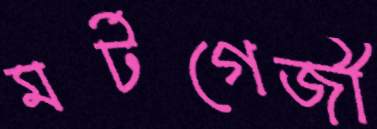
মর্টগেজী